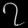
Digit: ၇